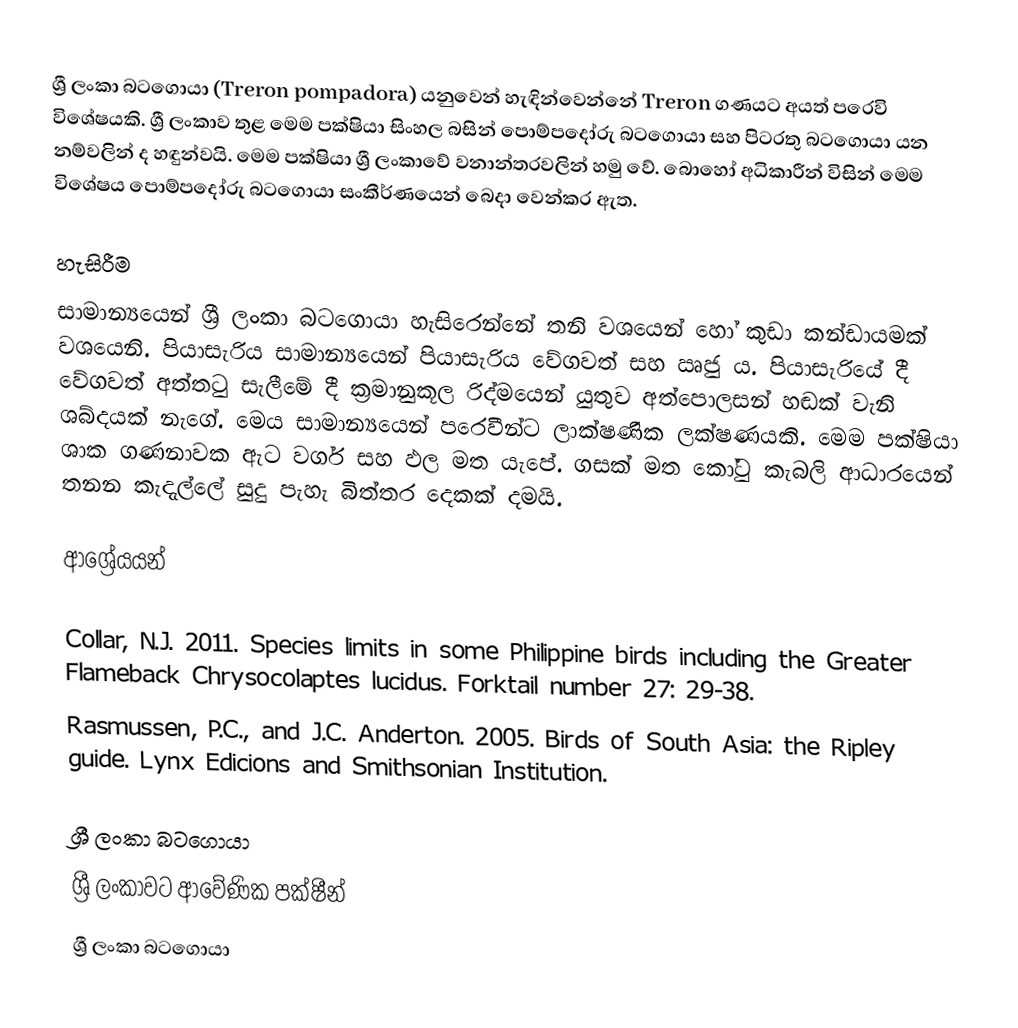
ශ්‍රී ලංකා බටගොයා (Treron pompadora) යනුවෙන් හැඳින්වෙන්නේ Treron ගණයට අයත් පරෙවි විශේෂයකි. ශ්‍රී ලංකාව තුළ මෙම පක්ෂියා සිංහල බසින් පොම්පදෝරු බටගොයා සහ පිටරතු බටගොයා යන නම්වලින් ද හඳුන්වයි. මෙම පක්ෂියා ශ්‍රී ලංකාවේ වනාන්තරවලින් හමු වේ. බොහෝ අධිකාරීන් විසින් මෙම විශේෂය පොම්පදෝරු බටගොයා සංකීර්ණයෙන් බෙදා වෙන්කර ඇත.

හැසිරීම
සාමාන්‍යයෙන් ශ්‍රී ලංකා බටගොයා හැසිරෙන්නේ තනි වශයෙන් හෝ කුඩා කන්ඩායමක් වශයෙනි. පියාසැරිය සාමාන්‍යයෙන් පියාසැරිය වේගවත් සහ ඍජු ය. පියාසැරියේ දී වේගවත් අත්තටු සැලීමේ දී ක්‍රමානුකූල රිද්මයෙන් යුතුව අත්පොලසන් හඬක් වැනි ශබ්දයක් නැගේ. මෙය සාමාන්‍යයෙන් පරෙවීන්ට ලාක්ෂණික ලක්ෂණයකි. මෙම පක්ෂියා ශාක ගණනාවක ඇට වර්ග සහ ඵල මත යැපේ. ගසක් මත කෝටු කැබලි ආධාරයෙන් තනන කැදැල්ලේ සුදු පැහැ බිත්තර දෙකක් දමයි.

ආශ්‍රේයයන්

Collar, N.J. 2011. Species limits in some Philippine birds including the Greater Flameback Chrysocolaptes lucidus. Forktail number 27: 29-38.
Rasmussen, P.C., and J.C. Anderton. 2005. Birds of South Asia: the Ripley guide. Lynx Edicions and Smithsonian Institution.

ශ්‍රී ලංකා බටගොයා
ශ්‍රී ලංකාවට ආවේණික පක්ෂීන්
ශ්‍රී ලංකා බටගොයා